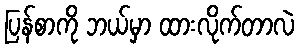
ပြန်စာကို ဘယ်မှာ ထားလိုက်တာလဲ